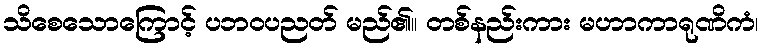
သိစေသောကြောင့် ပဘဝပညတ် မည်၏။ တစ်နည်းကား မဟာကာရုဏိကံ၊